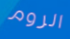
الروم